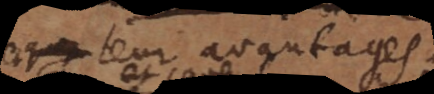
leur avantages.